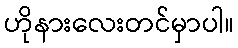
ဟိုနားလေးတင်မှာပါ။